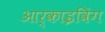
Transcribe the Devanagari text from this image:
आर्काइविंग